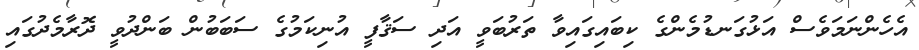
އެހެންނަމަވެސް އަޅުގަނޑުމެންގެ ކިބައިގައިވާ ތަރުބަވީ އަދި ސަޤާފީ އުނިކަމުގެ ސަބަބުން ބަންދުވީ ދޮރާމެދުގައި